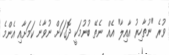
ވުރެ "ނުތާހިރު އާއިލާ" އެއް ނެތޭ ބުނުމަކީ ދޮގަކަށް ނުވާނެ ކަމަށާއި އެންމެ